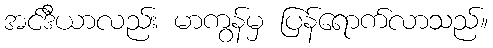
အင်ဒီယာလည်း မာကွန်မှ ပြန်ရောက်လာသည်။